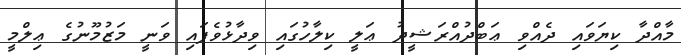
މާއްދާ ކިޔަވައި ދެއްވި ޢަބްދުއްރަޝީދު ޢަލީ ކިލާހުގައި ވިދާޅުވެފައި ވަނީ މަޒުމޫނުގެ ޢިލްމީ